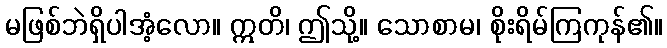
မဖြစ်ဘဲရှိပါအံ့လော။ ဣတိ၊ ဤသို့။ သောစာမ၊ စိုးရိမ်ကြကုန်၏။